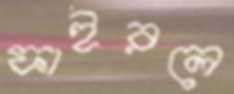
ফাইরলে